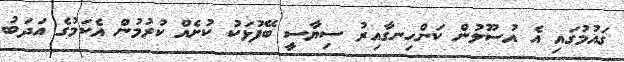
ގައުމުގައި އެ އުސޫލުން ކަންހިނގާއިރު ސިޔާސީ ބޭފުޅަކު ކުށެއް ކުރުމުން އެކަމުގެ އަދަބު